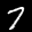
Label: 7